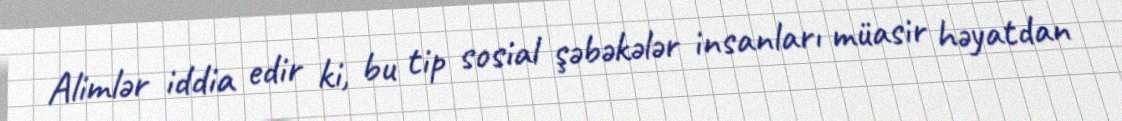
Alimlər iddia edir ki, bu tip sosial şəbəkələr insanları müasir həyatdan